Scottish Leaving Certificate Examination, 1952
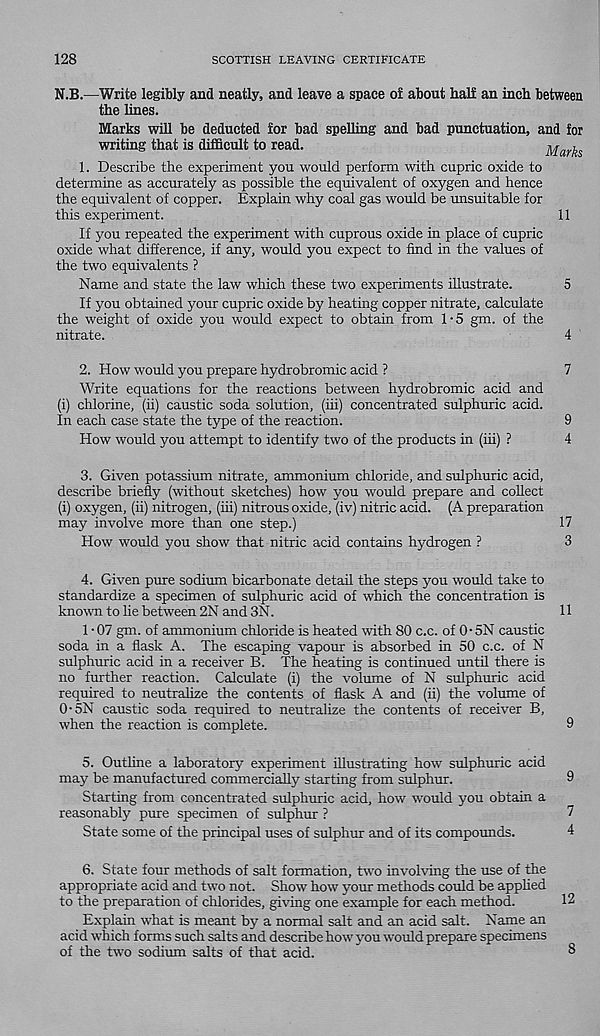
128
SCOTTISH LEAVING CERTIFICATE
N.B.—Write legibly and neatly, and leave a space of about half an inch between
the lines.
Marks will be deducted for bad spelling and bad punctuation, and for
writing that is difficult to read.
1. Describe the experiment you would perform with cupric oxide to
determine as accurately as possible the equivalent of oxygen and hence
the equivalent of copper. Explain why coal gas would be unsuitable for
this experiment.
11
If you repeated the experiment with cuprous oxide in place of cupric
oxide what difference, if any, would you expect to find in the values of
the two equivalents ?
Name and state the law which these two experiments illustrate.
5
If you obtained your cupric oxide by heating copper nitrate, calculate
the weight of oxide you would expect to obtain from 1-5 gm. of the
nitrate.
4
2. How would you prepare hydrobromic acid ?
7
Write equations for the reactions between hydrobromic acid and
(i) chlorine, (ii) caustic soda solution, (hi) concentrated sulphuric acid.
In each case state the type of the reaction.
9
How would you attempt to identify two of the products in (hi) ?
4
3. Given potassium nitrate, ammonium chloride, and sulphuric acid,
describe briefly (without sketches) how you would prepare and collect
(i) oxygen, (ii) nitrogen, (hi) nitrous oxide, (iv) nitric acid. (A preparation
may involve more than one step.)
17
How would you show that nitric acid contains hydrogen ?
3
4. Given pure sodium bicarbonate detail the steps you would take to
standardize a specimen of sulphuric acid of which the concentration is
known to lie between 2N and 3N.
11
1 • 07 gm. of ammonium chloride is heated with 80 c.c. of 0- 5N caustic
soda in a flask A. The escaping vapour is absorbed in 50 c.c. of N
sulphuric acid in a receiver B. The heating is continued until there is
no further reaction. Calculate (i) the volume of N sulphuric acid
required to neutralize the contents of flask A and (h) the volume of
0-5N caustic soda required to neutralize the contents of receiver B,
when the reaction is complete.
9
5. Outhne a laboratory^ experiment illustrating how sulphuric acid
may be manufactured commercially starting from sulphur.
9
Starting from concentrated sulphuric acid, how would you obtain a
reasonably pure specimen of sulphur ?
7
State some of the principal uses of sulphur and of its compounds.
4
6. State four methods of salt formation, two involving the use of the
appropriate acid and two not. Show how your methods could be applied
to the preparation of chlorides, giving one example for each method.
12
Explain what is meant by a normal salt and an acid salt. Name an
acid which forms such salts and describe how you would prepare specimens
of the two sodium salts of that acid.
8